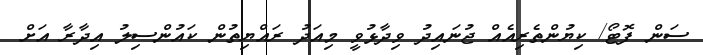
ސަން ފޮޓޯ/ ކިޔުންތެރިއެއް ޖުނައިދު ވިދާޅުވީ މިއަދު ރައްޔިތުން ކައުންސިލު އިދާރާ އަށް